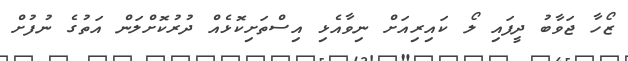
ޒޯހާ ޖަވާބު ދީފައި ލޯ ކައިރިއަށް ނިވާއެޅި އިސްތަށިކޮޅެއް ދުރުކޮށްލަން އަތުގެ ނުފުށް